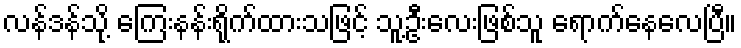
လန်ဒန်သို့ ကြေးနန်းရိုက်ထားသဖြင့် သူ့ဦးလေးဖြစ်သူ ရောက်နေလေပြီ။